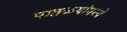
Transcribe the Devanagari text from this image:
पातळयांमध्ये